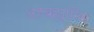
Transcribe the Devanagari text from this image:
अहंब्रह्यास्मि